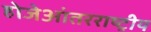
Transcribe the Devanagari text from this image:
होजेआंतरराष्ट्रीय